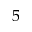
5